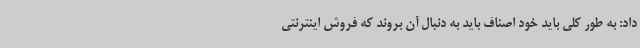
داد: به طور کلی باید خود اصناف باید به دنبال آن بروند که فروش اینترنتی